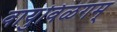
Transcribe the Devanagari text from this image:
वायुविळगम्